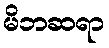
မိဘဆရာ